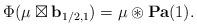
LaTeX: \begin{align*}\Phi(\mu\boxtimes\mathbf{b}_{1/2,1})=\mu\circledast \mathbf{Pa}(1). \end{align*}